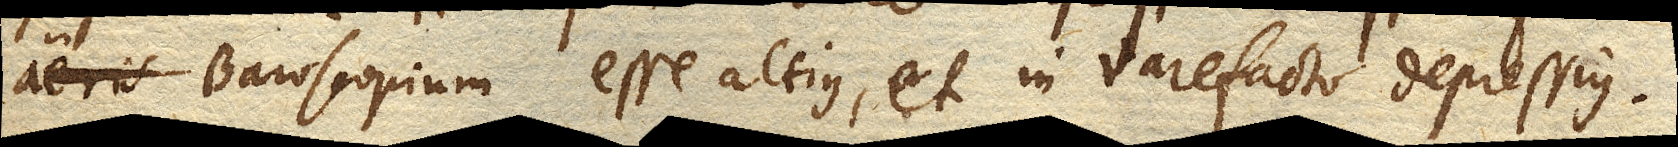
aeris Baroscopium esse altius, et in rarefacto depressius.